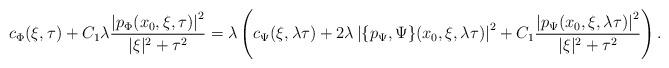
LaTeX: \begin{align*}c_{\Phi}(\xi,\tau)+C_1 \lambda \frac{\left|p_{\Phi}(x_0,\xi,\tau)\right|^2}{|\xi|^2+\tau^2}&= \lambda \left( c_{\Psi}(\xi,\lambda \tau)+2\lambda \left|\{p_{\Psi},\Psi\}(x_0,\xi,\lambda \tau)\right|^2 +C_1 \frac{\left|p_{\Psi}(x_0,\xi,\lambda \tau)\right|^2}{|\xi|^2+\tau^2}\right) .\end{align*}